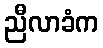
ညီလာခံက